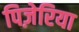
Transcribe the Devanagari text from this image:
पिज़ेरिया